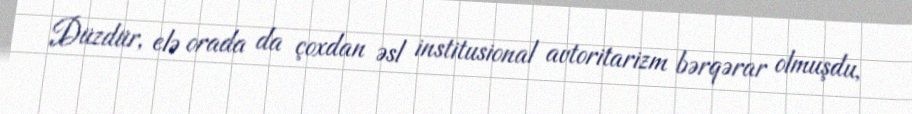
Düzdür, elə orada da çoxdan əsl institusional avtoritarizm bərqərar olmuşdu,